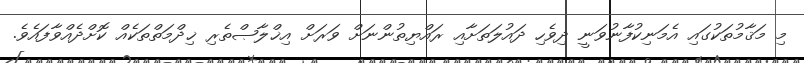
މި މަޤާމުތަކުގައި އެމަނިކުފާނުވަނީ ދިވެހި ދައުލަތަށާއި ރައްޔިތުންނަށް ވަރަށް އިޚްލާޞްތެރި ޚިދްމަތްތަކެއް ކޮށްދެއްވާފައެވެ.